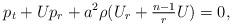
LaTeX: \begin{align*}p_t + U p_r + a^2 \rho (U_r +\tfrac{n-1}{r} U) = 0 , \end{align*}